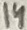
Text: 14